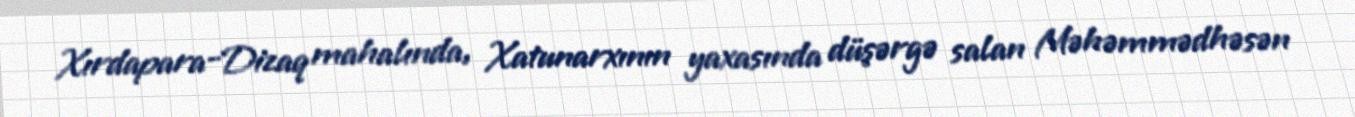
Xırdapara-Dizaq mahalında, Xatunarxının yaxasında düşərgə salan Məhəmmədhəsən